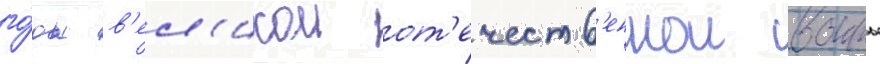
го́ды в'ел'икои от'ечеств'еннои воины